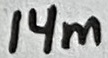
Text: 14m